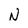
Character: N